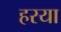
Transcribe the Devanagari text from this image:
हरया